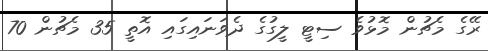
ރޭގެ މެޗުން މޮޅުވެ ސިޓީ ލީގުގެ ދެވަނައިގައި އޮތީ 35 މެޗުން 70